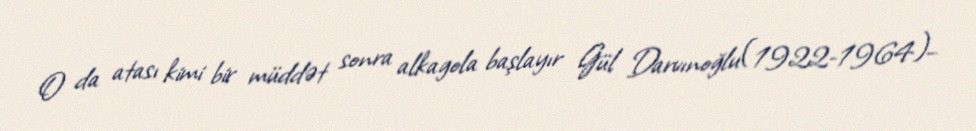
O da atası kimi bir müddət sonra alkagola başlayır Gül Darvınoğlu(1922-1964)–